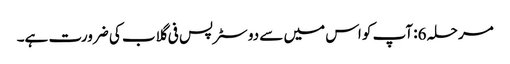
مرحلہ 6: آپ کو اس میں سے دو سٹرپس فی گلاب کی ضرورت ہے۔